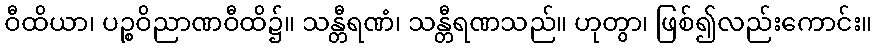
ဝီထိယာ၊ ပဉ္စဝိညာဏဝီထိ၌။ သန္တီရဏံ၊ သန္တီရဏသည်။ ဟုတွာ၊ ဖြစ်၍လည်းကောင်း။